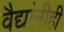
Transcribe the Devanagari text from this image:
वैद्यांनीही